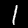
Digit: 1